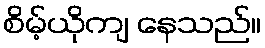
စိမ့်ယိုကျ နေသည်။